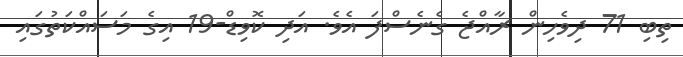
ތިބި 71 ދިވެހިން ރާއްޖެ ގެނެސްފަ އެވެ. އަދި ކޮވިޑް-19 އިގެ މަސައްކަތުގައި